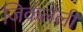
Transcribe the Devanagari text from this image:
जिकंलेली